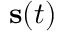
{ \bf s } ( t )